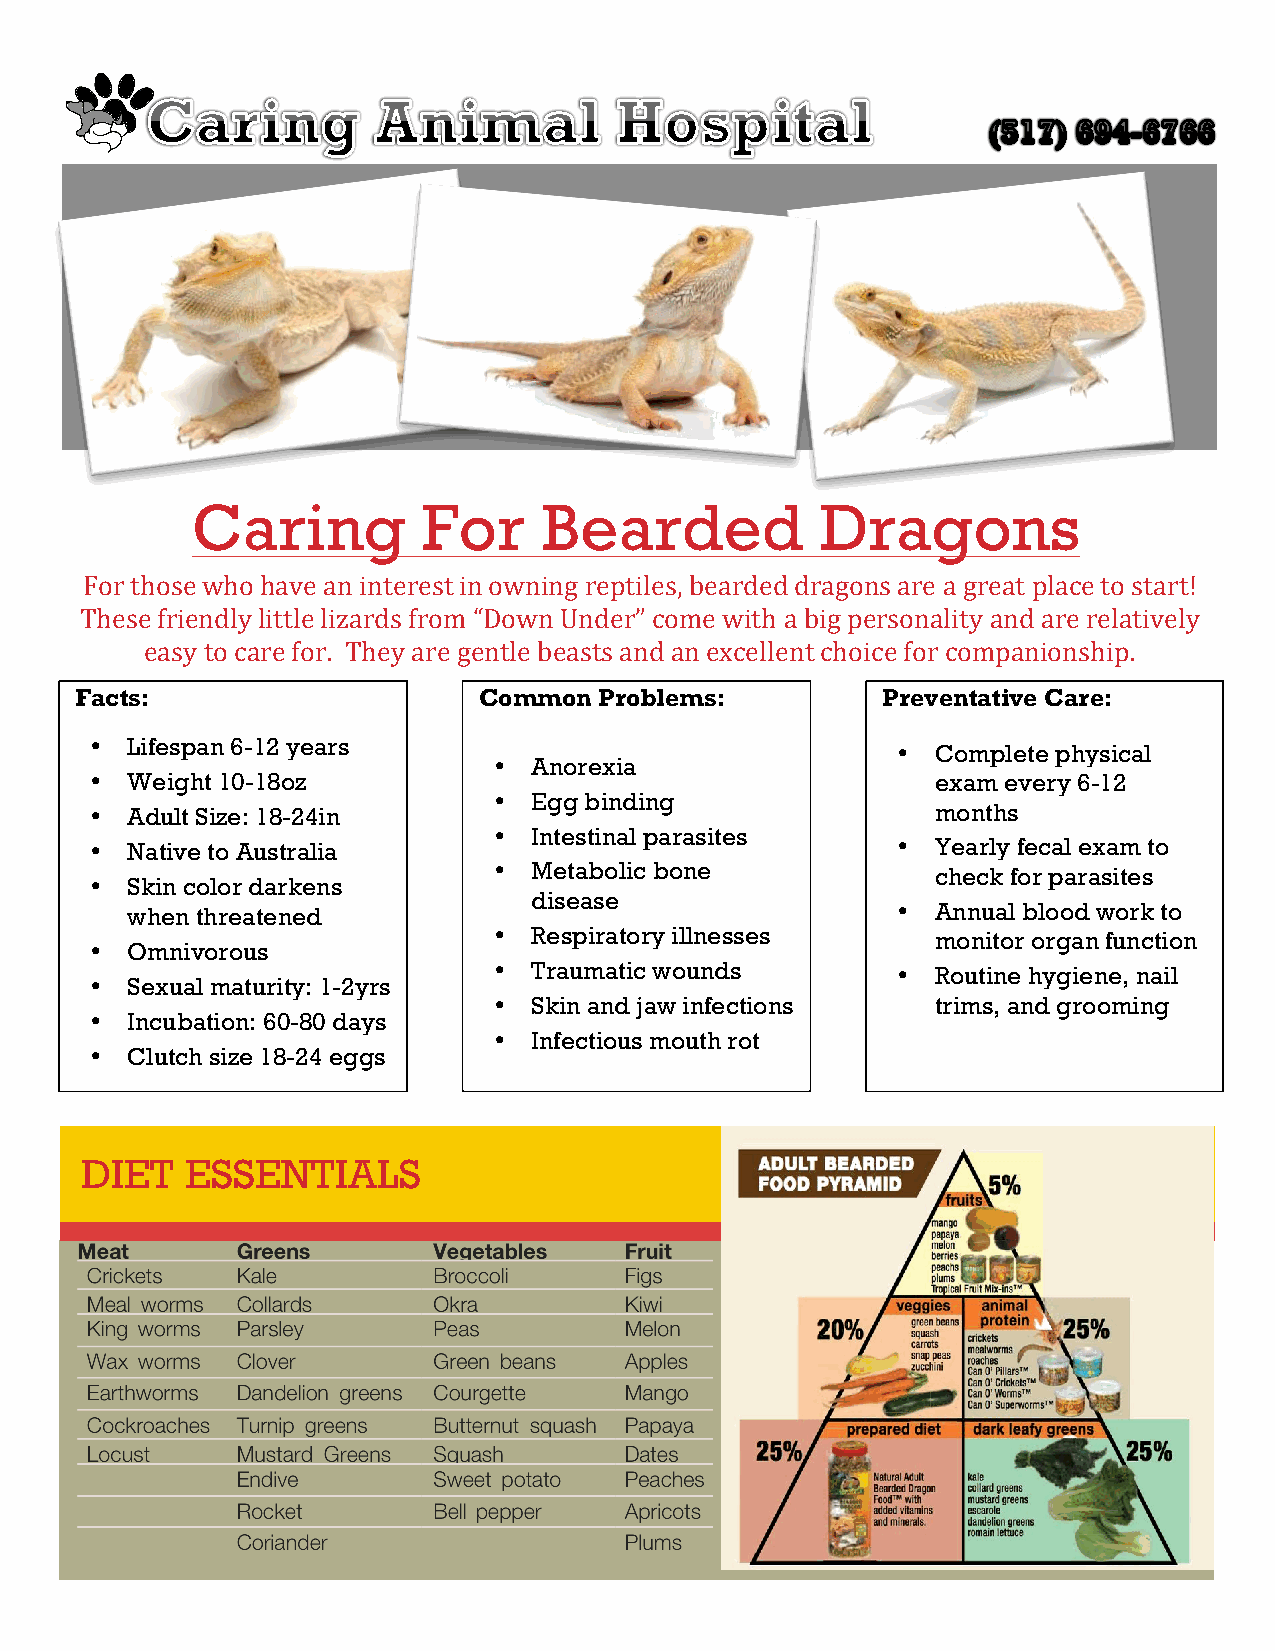
132
 Caring         For     Bearded           Dragons
 For those who have an interest in owning reptiles, bearded dragons are a great place to start!
 These friendly little lizards from “Down Under” come with a big personality and are relatively
 easy to care for. They are gentle beasts and an excellent choice for companionship.
 Facts:                     Common  Problems:         Preventative Care:
 • Lifespan 6-12 years                                •  Complete physical
 • Anorexia
 • Weight 10-18oz                                        exam every 6-12
 • Egg binding
 • Adult Size: 18-24in                                   months
 • Intestinal parasites
 • Native to Australia                                •  Yearly fecal exam to
 • Metabolic bone             check for parasites
 • Skin color darkens
 disease
 when threatened                                    •  Annual blood work to
 • Respiratory illnesses      monitor organ function
 • Omnivorous
 • Traumatic wounds        •  Routine hygiene, nail
 • Sexual maturity: 1-2yrs
 • Skin and jaw infections    trims, and grooming
 • Incubation: 60-80 days
 • Infectious mouth rot
 • Clutch size 18-24 eggs
 DIET   ESSENTIALS